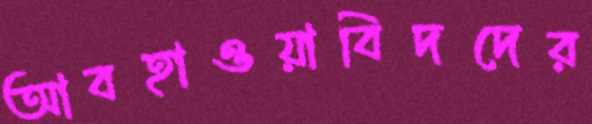
আবহাওয়াবিদদের